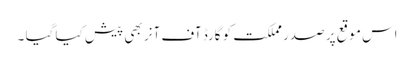
اس موقع پر صدر مملکت کو گارڈ آف آنر بھی پیش کیا گیا ۔